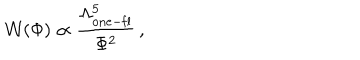
{ \cal W } ( \Phi ) \propto \frac { \Lambda _ { \mathrm { o n e - f l } } ^ { 5 } } { \Phi ^ { 2 } } \, ,